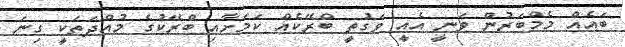
ބައެއް މެމްބަރުން ވަނީ އެއީ ވަގުތީ ބްރޭކެއް ކަމަށާއި ބްރޭކުގެ މުއްދަތަކީ ގިނަ